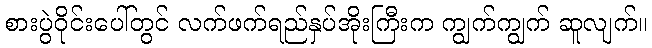
စားပွဲဝိုင်းပေါ်တွင် လက်ဖက်ရည်နှပ်အိုးကြီးက ကျွက်ကျွက် ဆူလျက်။